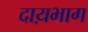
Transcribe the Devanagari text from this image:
दाय़भाग